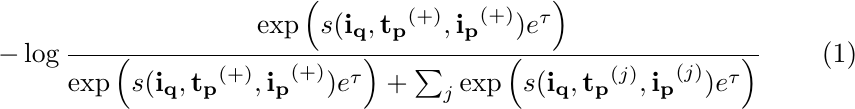
\begin{equation}
-\log \frac{
    \exp{\left(s(\mathbf{i_q}, \mathbf{t_p}^{(+)},\mathbf{i_p}^{(+)})e^\tau\right)}}
    {\exp{\left(s(\mathbf{i_q}, \mathbf{t_p}^{(+)},\mathbf{i_p}^{(+)})e^\tau\right)} + \sum_{j}
        \exp{\left(s(\mathbf{i_q}, \mathbf{t_p}^{(j)},\mathbf{i_p}^{(j)})e^\tau\right)}
    }
\label{eq:batch_contrastive}
\end{equation}